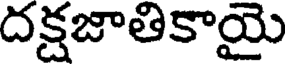
దక్షజాతికాయై